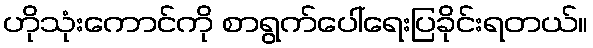
ဟိုသုံးကောင်ကို စာရွက်ပေါ်ရေးပြခိုင်းရတယ်။